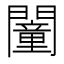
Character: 𨶻